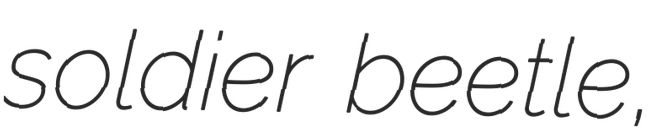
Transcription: soldier beetle,